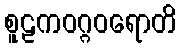
စူဠကဝဂ္ဂဝရောတိ